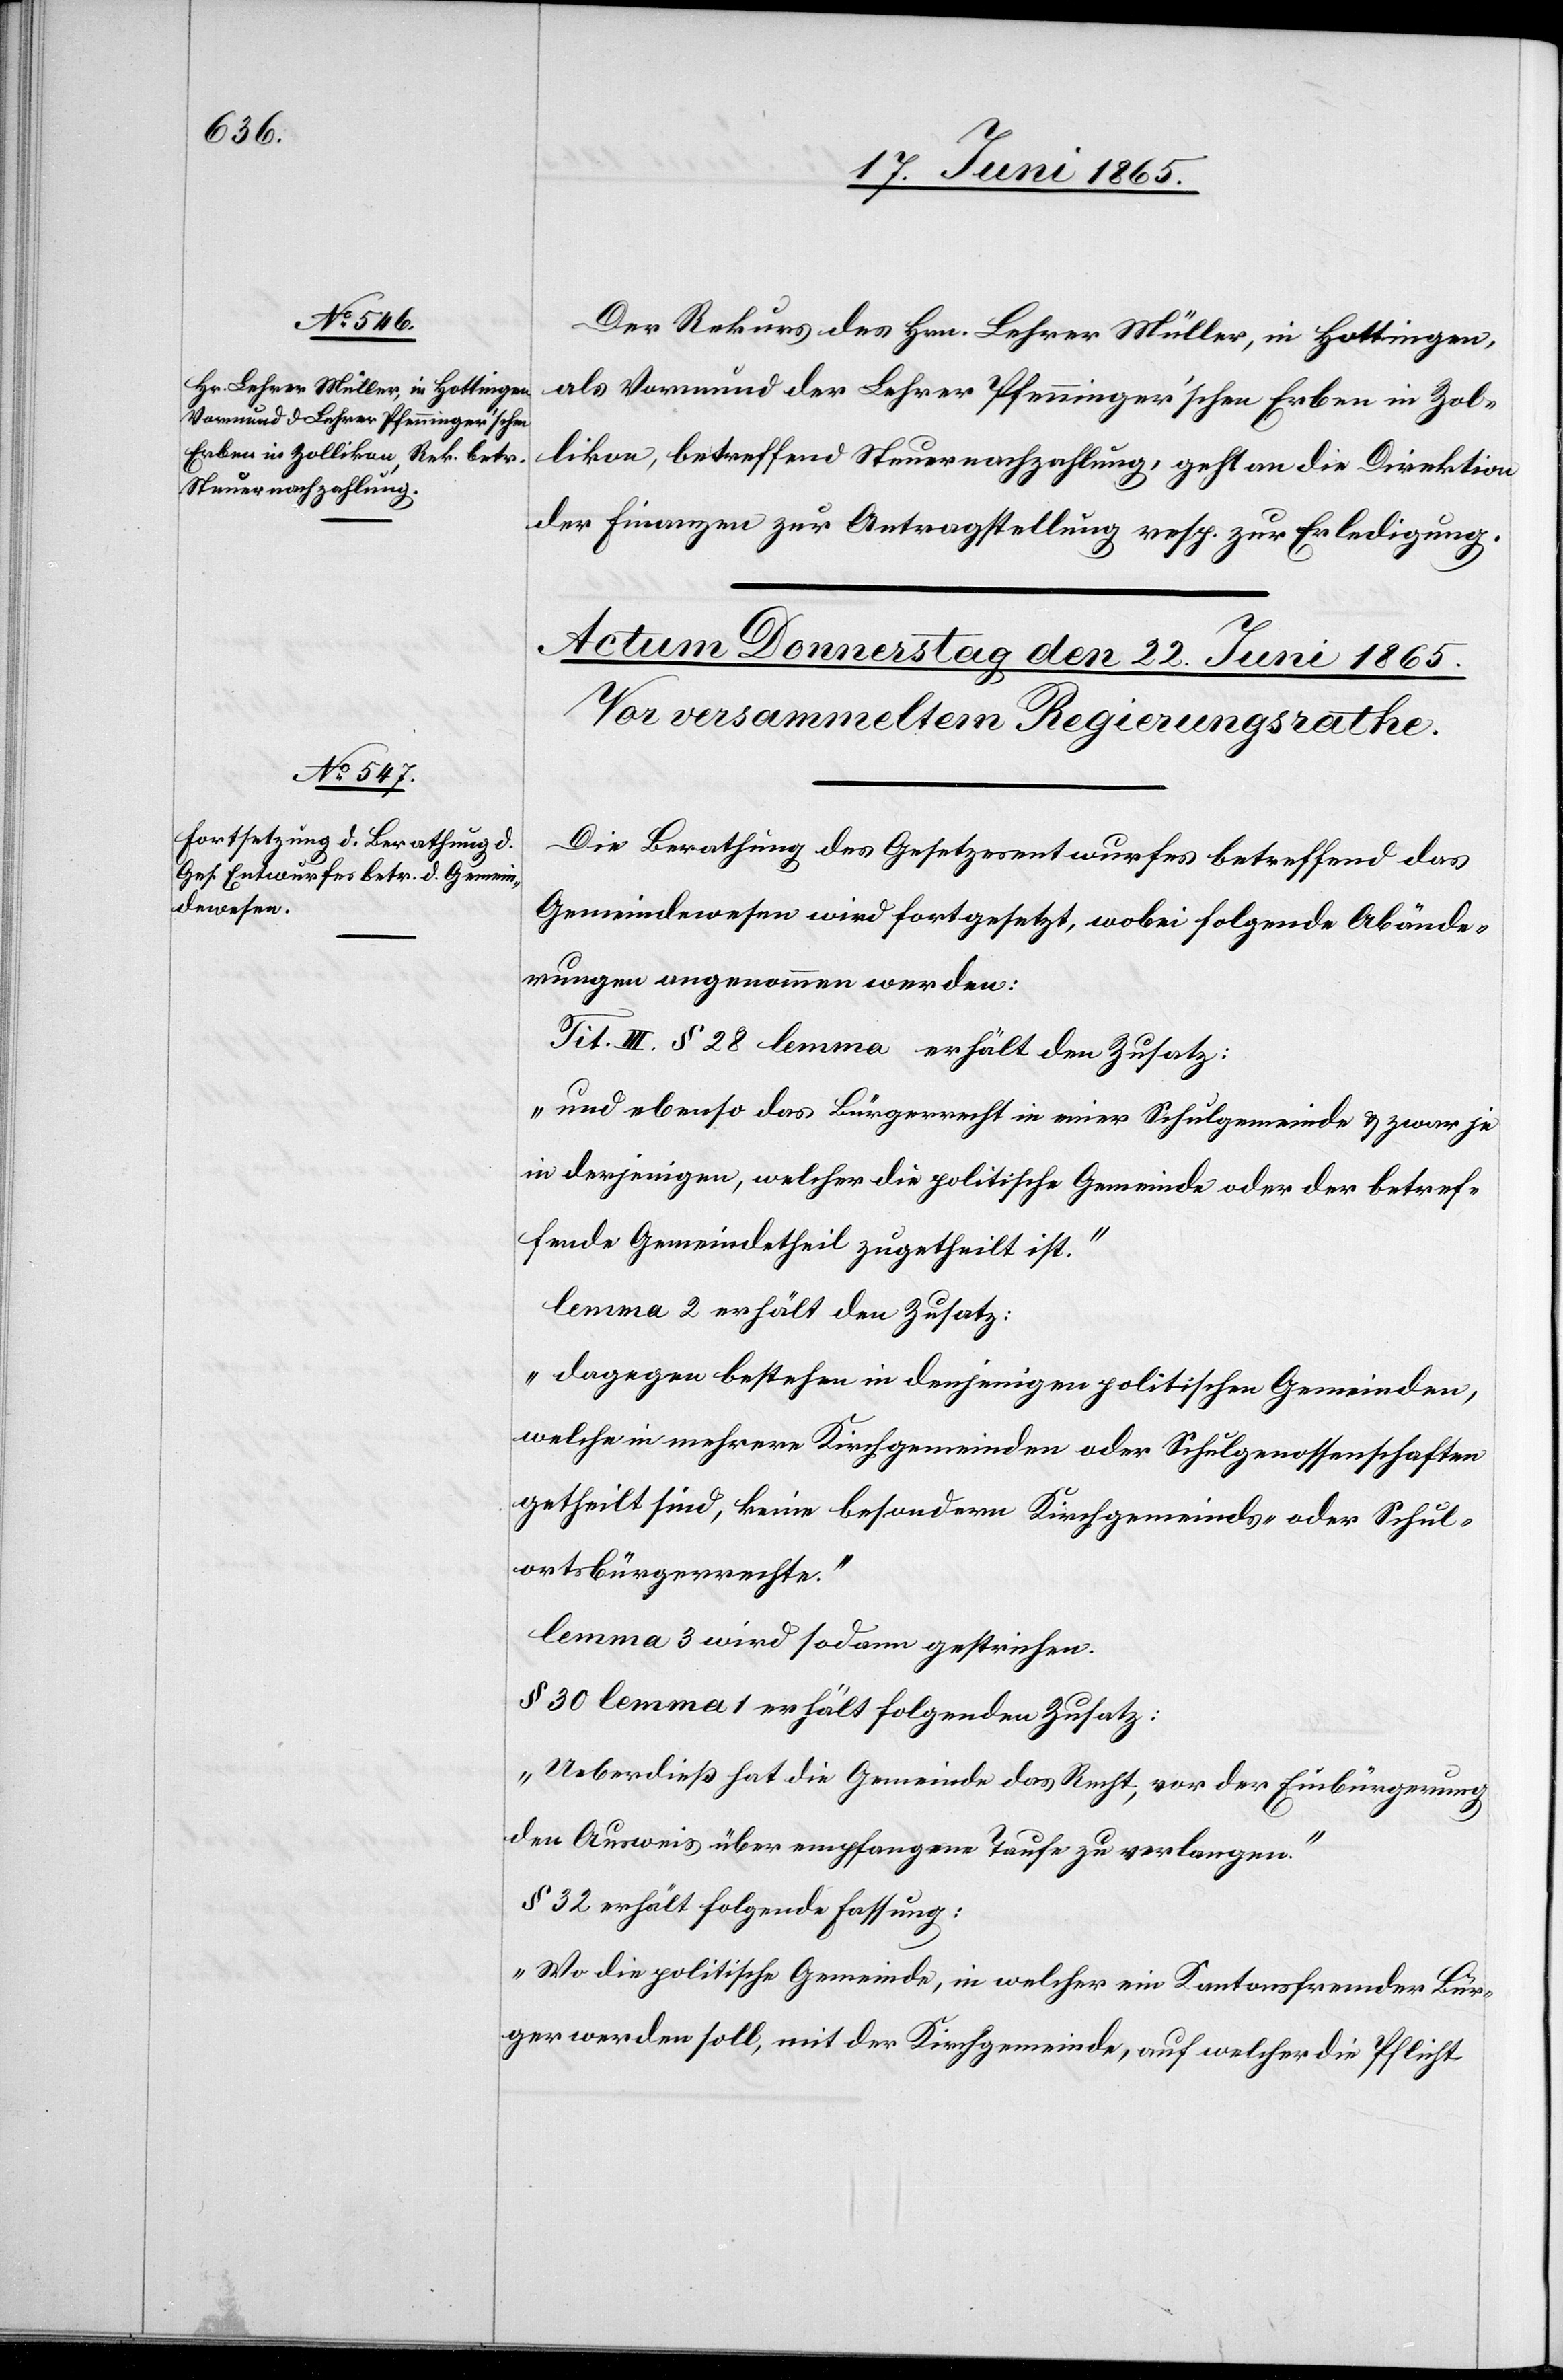
21. Juni 1865.]
Der Rekurs des Hrn. Lehrer Müller, in Hottingen,
als Vormund der Lehrer Pfenninger’schen Erben in Zol¬
likon, betreffend Steuernachzahlung, geht an die Direktion
der Finanzen zur Antragstellung resp. zur Erledigung.
Die Berathung des Gesetzesentwurfes betreffend das
Gemeindewesen wird fortgesetzt, wobei folgende Abände¬
rungen angenommen werden:
Tit. III. § 28 lemma … erhält den Zusatz:
„und ebenso das Bürgerrecht in einer Schulgemeinde & zwar je
in derjenigen, welcher die politische Gemeinde oder der betref¬
fende Gemeindetheil zugetheilt ist.“
lemma 2 erhält den Zusatz:
„Dagegen bestehen in denjenigen politischen Gemeinden,
welche in mehrere Kirchgemeinden oder Schulgenossenschaften
getheilt sind, keine besondern Kirchgemeinds- oder Schul¬
ortsbürgerrechte.“
lemma 3 wird sodann gestrichen.
§ 30 lemma 1 erhält folgenden Zusatz:
„Ueberdieß hat die Gemeinde das Recht, vor der Einbürgerung
den Ausweis über empfangene Taufe zu verlangen.“
§ 32 erhält folgende Fassung:
„Wo die politische Gemeinde, in welcher ein Kantonsfremder Bür¬
ger werden soll, mit der Kirchgemeinde, auf welcher die Pflicht